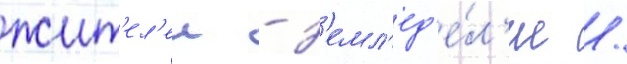
жит'ел'еи - з'емл'ед'е́л'ие /